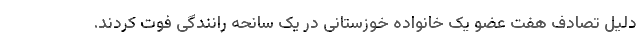
دلیل تصادف هفت عضو یک خانواده خوزستانی در یک سانحه رانندگی فوت کردند.